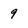
Character: 9